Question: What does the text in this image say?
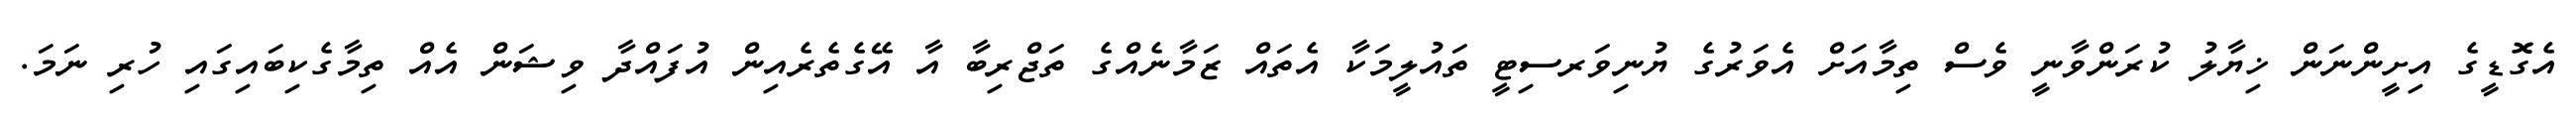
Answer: އެގޮޑީގެ އިށީންނަން ޚިޔާލު ކުރަންވާނީ ވެސް ތިމާއަށް އެވަރުގެ ޔުނިވަރސިޓީ ތައުލީމަކާ އެތައް ޒަމާނެއްގެ ތަޖްރިބާ އާ އޭގެތެރެއިން އުފައްދާ ވިޝަން އެއް ތިމާގެކިބައިގައި ހުރި ނަމަ.